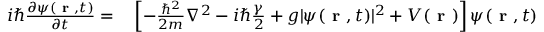
\begin{array} { r l } { i \hbar \frac { \partial \psi ( \textbf { r } , t ) } { \partial t } = } & { { } \left[ - \frac { \hbar ^ { 2 } } { 2 m } \nabla ^ { 2 } - i \hbar \frac { \gamma } { 2 } + g | \psi ( \textbf { r } , t ) | ^ { 2 } + V ( \textbf { r } ) \right] \psi ( \textbf { r } , t ) } \end{array}